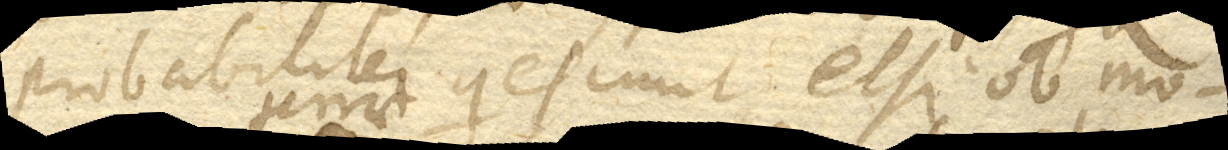
probabiliter quiescunt etsi ob mo–